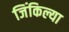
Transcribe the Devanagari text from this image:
जिंकिल्या